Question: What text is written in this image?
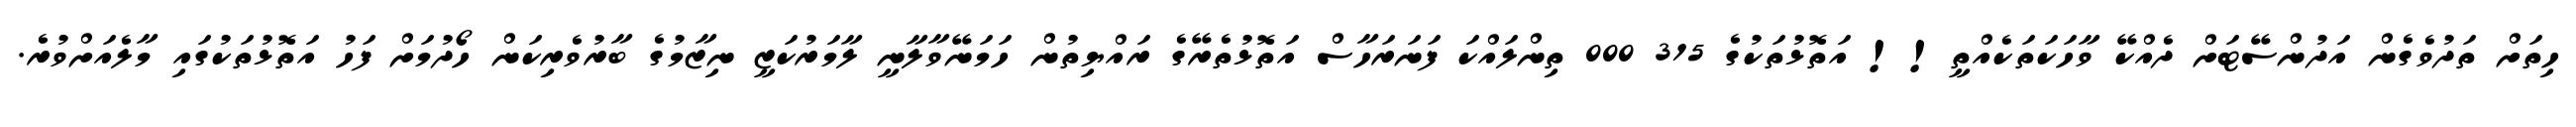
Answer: ހިތަށް ތަދުވެގެން އަދުންސޭޓަށް ދެއްކޭ ވާހަކަތަކެއްތީ!! އަތޮޅުތަކުގެ 315 000 ތިންލައްކަ ފަނަރަހާސް އަތޮޅުތެރޭގެ ރައްޔިތުން ހަމަނޭވާލާނީ ލާމަރުކަޒީ ނިޒާމުގެ ބާރުވެރިކަން ހޯދުމަށް ފަހު އަތޮޅުތަކުގައި މާލެއަށްވުރެ.